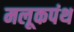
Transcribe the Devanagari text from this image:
मलूकपंथ